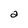
Character: a